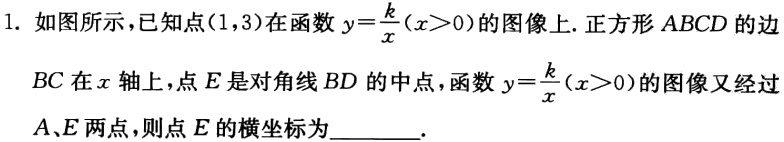
1. 如图所示，已知点\((1,3)\)在函数\(y = \frac{k}{x}(x>0)\)的图像上. 正方形\(ABCD\)的边\(BC\)在\(x\)轴上，点\(E\)是对角线\(BD\)的中点，函数\(y=\frac{k}{x}(x > 0)\)的图像又经过\(A\)、\(E\)两点，则点\(E\)的横坐标为  .